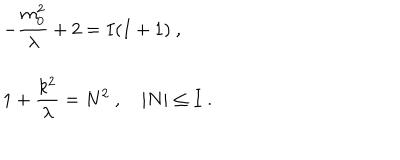
LaTeX: \begin{array} { l } { { \displaystyle - \frac { m _ { 0 } ^ { 2 } } { \lambda } + 2 = I ( I + 1 ) ~ , } } \\ { { \displaystyle 1 + \frac { k ^ { 2 } } { \lambda } = N ^ { 2 } ~ , \quad | N | \leq { I } ~ . } } \\ \end{array}